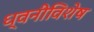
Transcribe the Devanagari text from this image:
ध्वनीविशेष